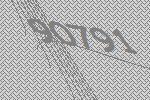
90791